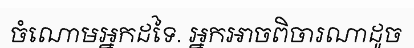
ចំណោមអ្នកដទៃ. អ្នកអាចពិចារណាដូច